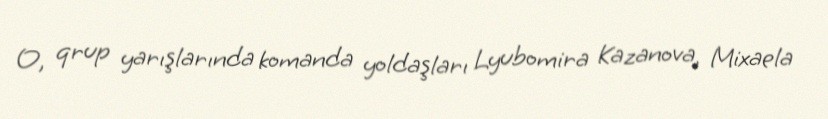
O, qrup yarışlarında komanda yoldaşları Lyubomira Kazanova, Mixaela